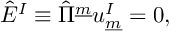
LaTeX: \hat { E } ^ { I } \equiv \hat { \Pi } ^ { \underline { { { m } } } } u _ { \underline { { { m } } } } ^ { I } = 0 , \qquad